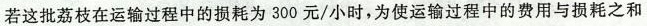
若这批荔枝在运输过程中的损耗为300元/小时，为使运输过程中的费用与损耗之和